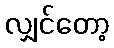
လျှင်တော့